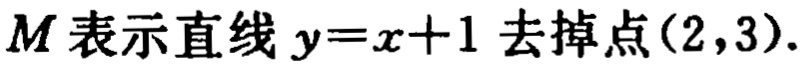
\(M\)表示直线\(y = x + 1\)去掉点\((2,3)\).